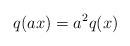
LaTeX: \begin{align*}q(ax)=a^2q(x)\end{align*}